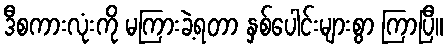
ဒီစကားလုံးကို မကြားခဲ့ရတာ နှစ်ပေါင်းများစွာ ကြာပြီ။